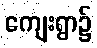
ကျေးရွာ၌